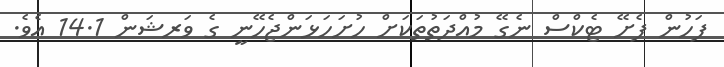
ފަހުން ފެށޭ ޓެކްސް ނެގޭ މުއްދަތުތަކަށް ހުށަހަޅަންޖެހޭނީ ގެ ވަރޝަން 14.1 އެވެ.